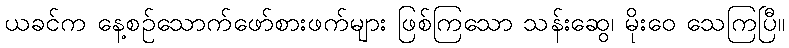
ယခင်က နေ့စဉ်သောက်ဖော်စားဖက်များ ဖြစ်ကြသော သန်းဆွေ၊ မိုးဝေ သေကြပြီ။